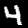
Label: 4